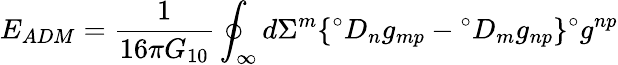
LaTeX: E_{ADM}=\frac{1}{16\pi G_{10}}\oint_{\infty}d\Sigma^{m}\lbrace{}^{\circ}D_{n}g_{mp}-{}^{\circ}D_{m}g_{np}\rbrace{}^{\circ}g^{np}